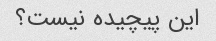
این پیچیده نیست؟